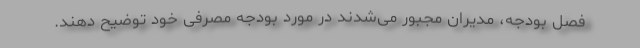
فصل بودجه، مدیران مجبور می‌شدند در مورد بودجه مصرفی خود توضیح دهند.